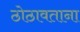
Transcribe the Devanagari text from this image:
ठोठावताना